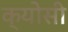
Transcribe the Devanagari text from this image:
क्योसी